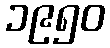
၁၉၅၀